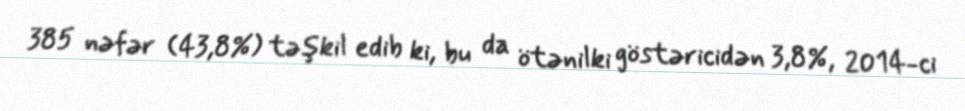
385 nəfər (43,8%) təşkil edib ki, bu da ötənilki göstəricidən 3,8%, 2014-ci